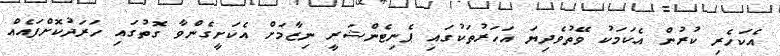
އެކަހެރި ކުރުން އެކަމަކު ވޭތުވެދިޔަ އަހަރުތަކުގައި ޕެނިޓެންޝަރީ ނިޒާމަށް އެކަށީގެންވާ ގޮތުގައި ހަރަދުކޮށްފައެއް